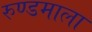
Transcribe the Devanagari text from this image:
रुण्डमाला